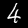
Digit: 4